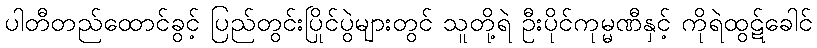
ပါတီတည်ထောင်ခွင့် ပြည်တွင်းပြိုင်ပွဲများတွင် သူတို့ရဲ ဦးပိုင်ကုမ္မဏီနှင့် ကိုရဲထွဋ်ခေါင်